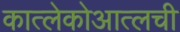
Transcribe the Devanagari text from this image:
कात्लेकोआत्लची